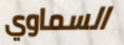
السماوي